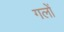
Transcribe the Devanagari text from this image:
गलों